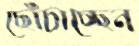
ছোঁচাচ্ছেন